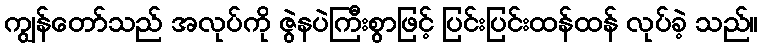
ကျွန်တော်သည် အလုပ်ကို ဇွဲနပဲကြီးစွာဖြင့် ပြင်းပြင်းထန်ထန် လုပ်ခဲ့ သည်။